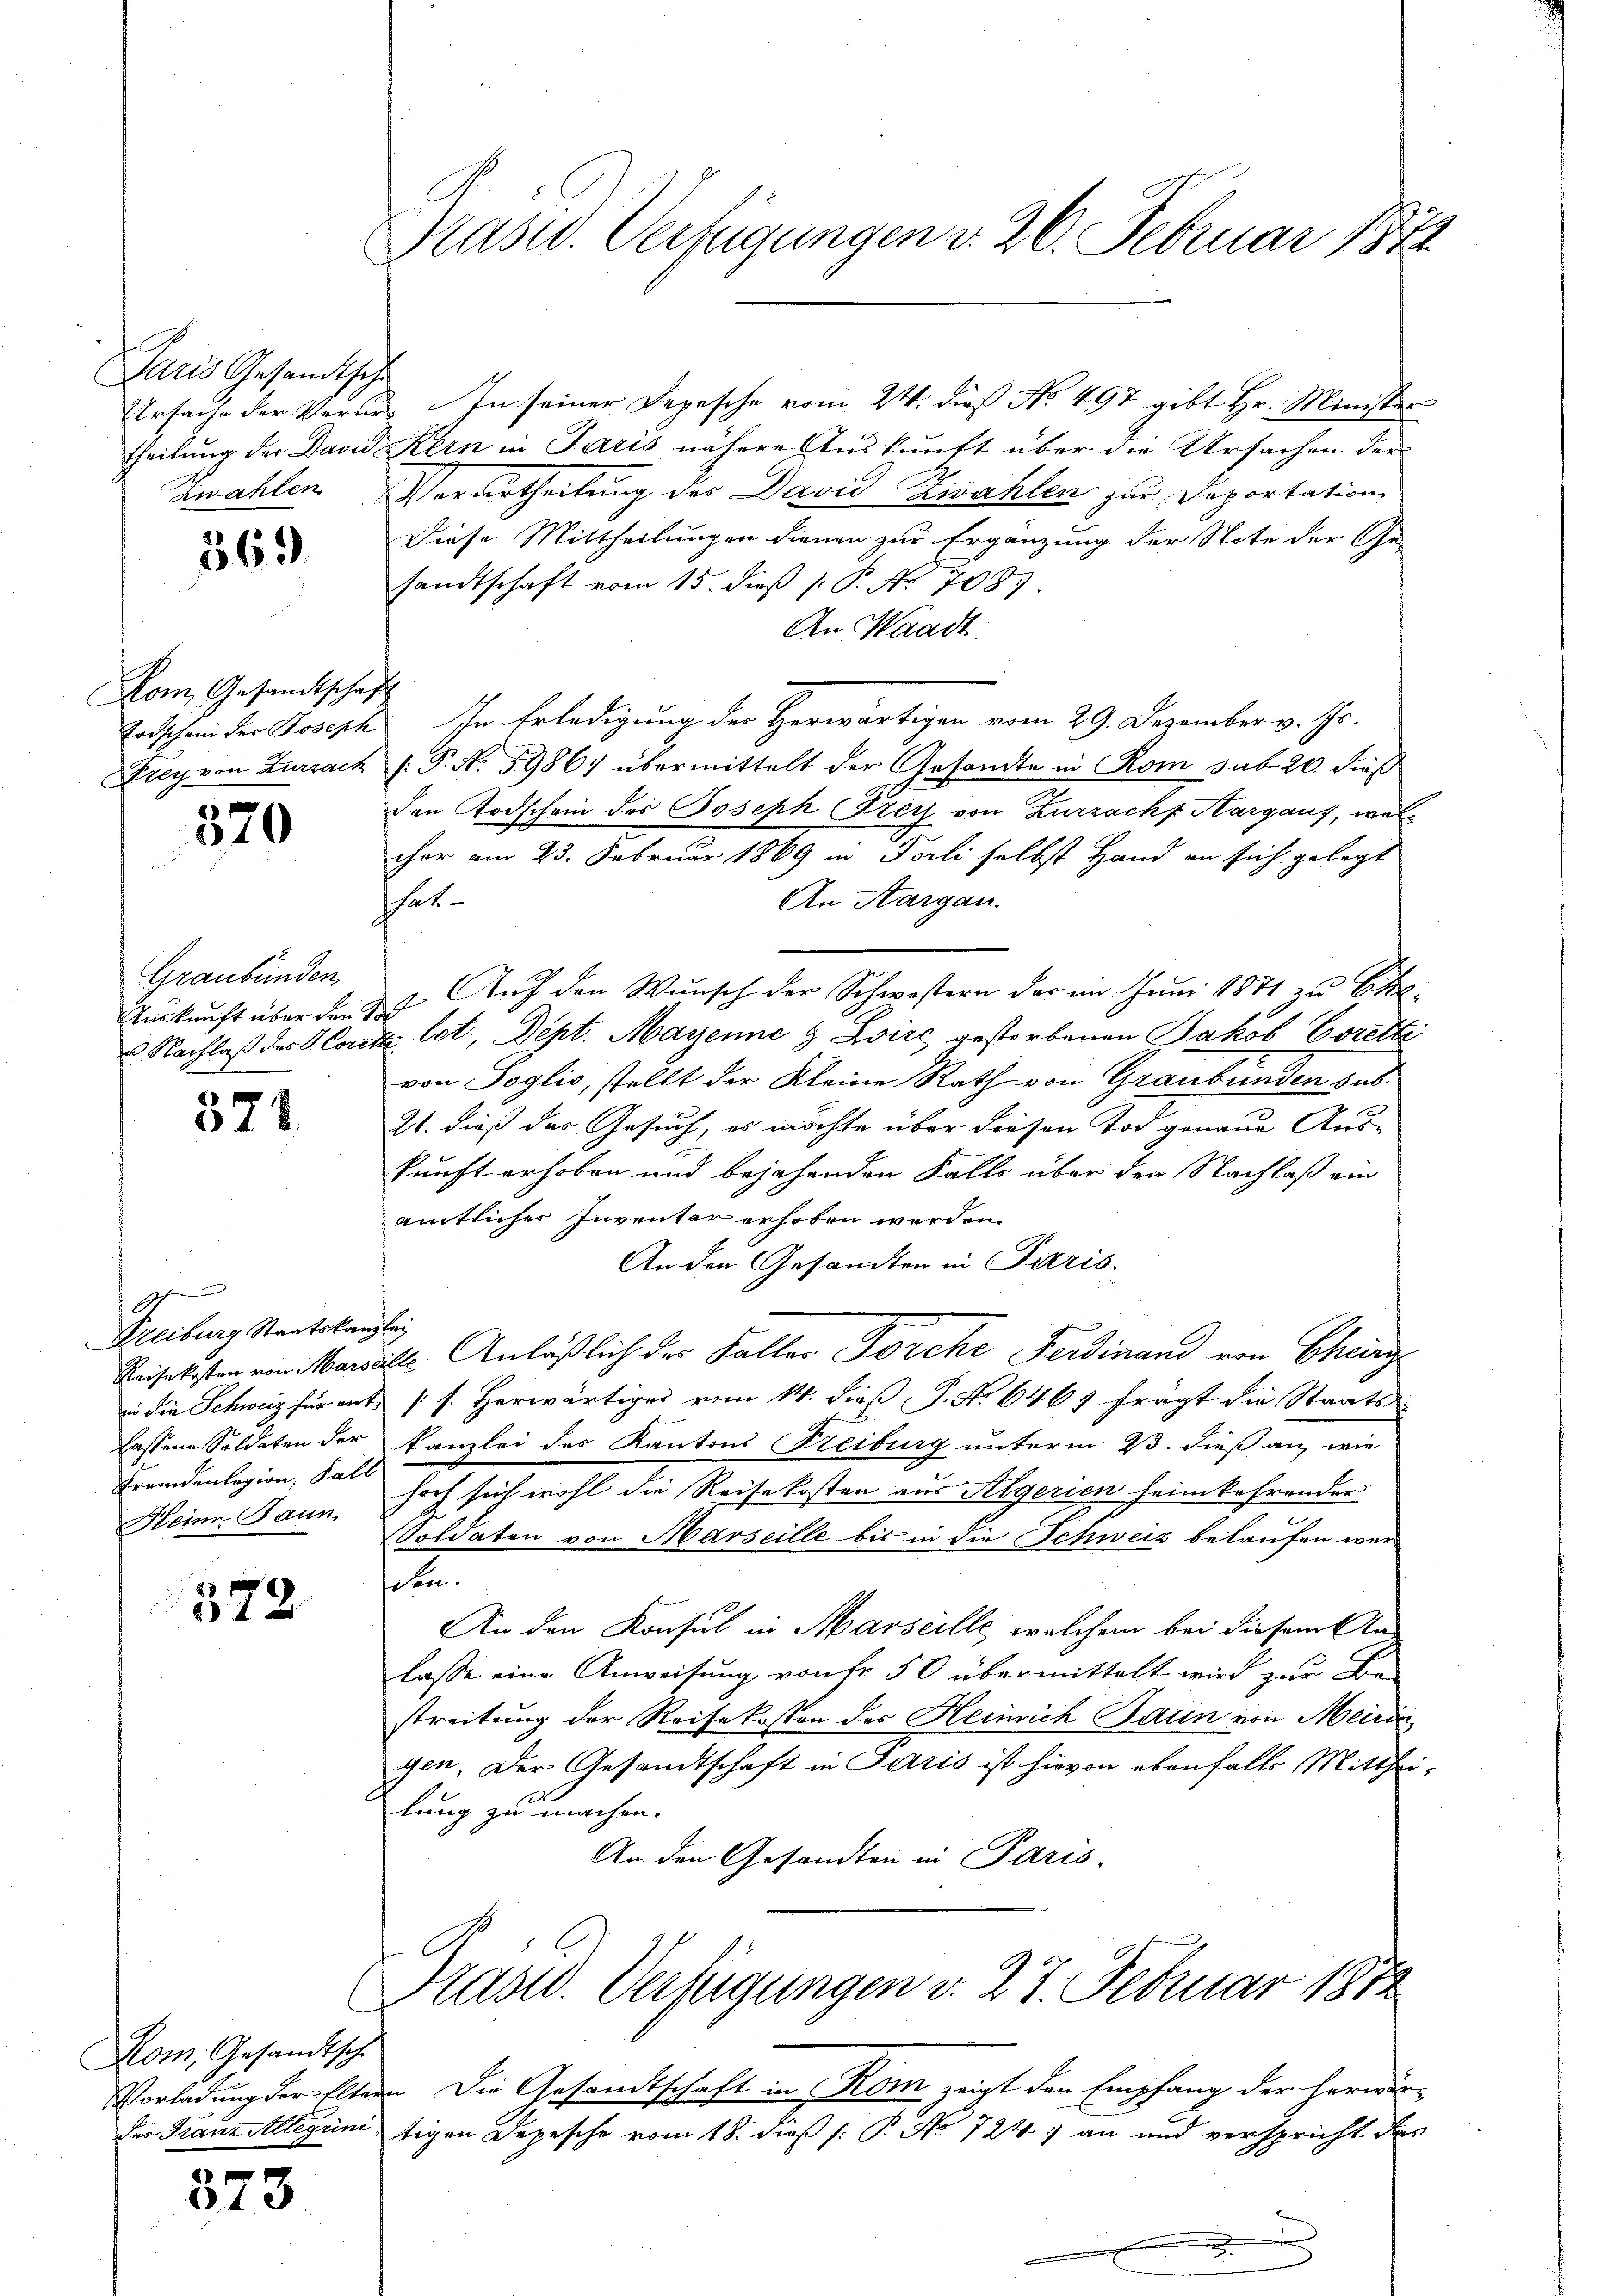
Paris Gesandtsch
Ursache der Verurtheilung der David
Zwahlen

569

Kom, Gesandtschaft
Todschein der Joseph
Frey von Zurzach

370

Graubünden,
Auskunft über den
Nachlaß des V. Cor

571

g
Freiburg Staatskon
Reisekosten von Mar
in die Schweiz für aus
lassene Soldaten der
Fremdenlegion, Fall
Heine Baun.

372

Kom Gesandtsch.
Vorladung der Elte
des Franz Allerini

u
513

Präsid. Verfügungen v. 26. Februar 1872

In seiner Depesche vom 24. dieß No. 497 gibt Hr. Minister
Kern in Paris nähere Auskunft über die Ursachen der
Verurtheilung des David Zwahlen zur Deportation
Diese Mittheilungen dienen zur Ergänzung der Note der Ge-
sandtschaft vom 15. dieß P. P. Nr. 708).
An Waadt
In Erledigung der Herwärtigen vom 29. Dezember v. Js.
.P. N. 5986) übermittelt der Gesandte in Rom sub 20. dieß
den Todschein des Joseph Frey von Zurzach Aargaus, welcher am 23. Februar 1869 in Forli selbst Hand an sich gelegt
An Aargau.
chet.
 Aŭf den Wŭnsch der Schwestern der im Juni 1874 zŭ be-
u. let, Dept. Mayenne & Zvire gestorbenen Jakob Coretti
von Soglio, stellt der Kleine Rath von Graubünden sub
21. dieß das Gesuch, es möchte über Frösen Tod genaue Aus-
kunft erhoben und bejahenden Falls über den Nachlaß ein
amtlicher Inventer erhoben werden.
An den Gesandten in Paris.
.
dl. Anläßlich der Faller Forche Ferdinand von Cherz
[s. Herwärtiger vom 14. dieß P. Nr. 646 frägt die Staatskanzlei des Kantons Freiburg unterm 23. dieß an, wie
hof sich wohl die Reisekosten aus Algerien heimkehrender
Soldaten von Marseille bis in die Schweiz belaufen werden.
An den Konsul in Marseille, welchem bei diesem Anlasse eine Anweisung von fr. 50 übermittelt wird zur Be-
streitung der Reisekosten des Heinrich Jaun von Meiri
gen. Der Gesandtschaft in Paris ist hievon ebenfalls Mittheilung zu machen.
An den Gesandten in Paris.
Präsid. Verfügungen v. 27. Februar 1872
n Die Gesandtschaft in Rom zeigt den Empfang der herwärtigen Depesche vom 18. dieß (: P. Nr. 724. an und verspricht des
e